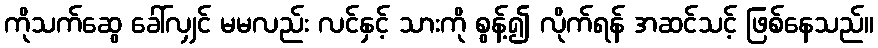
ကိုသက်ဆွေ ခေါ်လျှင် မမလည်း လင်နှင့် သားကို စွန့်၍ လိုက်ရန် အဆင်သင့် ဖြစ်နေသည်။